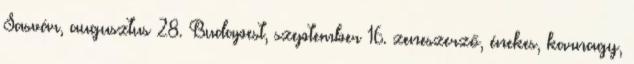
Sasvár, augusztus 28. Budapest, szeptember 16. zeneszerző, énekes, karnagy,